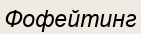
Фофейтинг